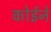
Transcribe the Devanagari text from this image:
कोईने